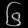
Digit: ၆